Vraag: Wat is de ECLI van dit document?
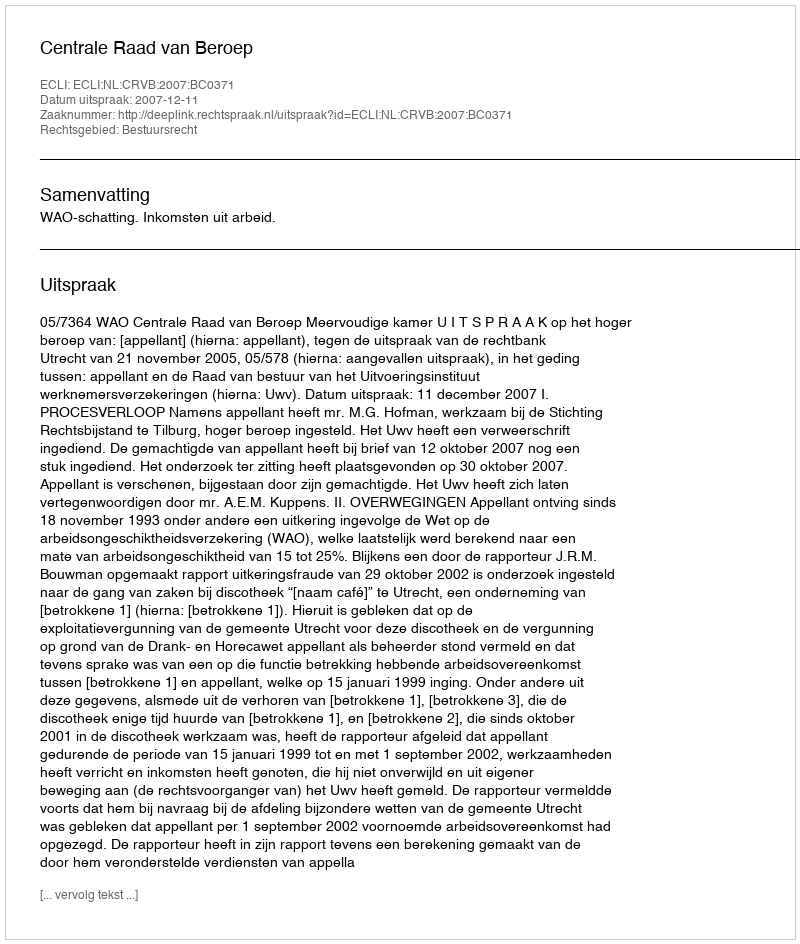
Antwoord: ECLI:NL:CRVB:2007:BC0371